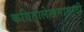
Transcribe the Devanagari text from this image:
कवितालेखनासाठी